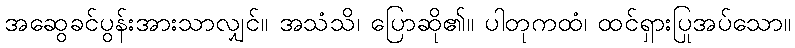
အဆွေခင်ပွန်းအားသာလျှင်။ အသံသိ၊ ပြောဆို၏။ ပါတုကထံ၊ ထင်ရှားပြုအပ်သော။